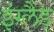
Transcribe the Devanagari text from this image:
इंग्लैंड़